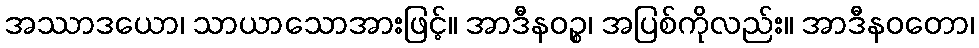
အဿာဒယော၊ သာယာသောအားဖြင့်။ အာဒီနဝဉ္စ၊ အပြစ်ကိုလည်း။ အာဒီနဝတော၊